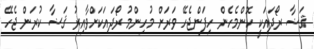
ޤަޟާ ރޯދައަކީ ކޮންމެހެން ހިފަންޖެހޭ ވަރަށް މުހިންމު ރޯދައަކަށްވާއިރު ޤަޟާ ކުރަން ޖެހޭ